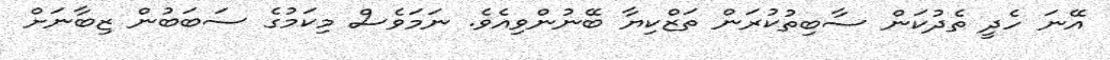
އޭނަ ހެދީ ތެދުކަން ސާބިތުކުރަން ތަޒްކިޔާ ބޭނުންވިއެވެ. ނަމަވެސް މިކަމުގެ ސަބަބުން ޒިބާނަށް